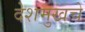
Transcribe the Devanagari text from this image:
देशमुखचे